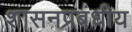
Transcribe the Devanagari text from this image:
शासनप्रबंधीय